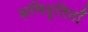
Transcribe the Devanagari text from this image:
अभिवृतियाँ